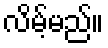
လိမ့်မည်။